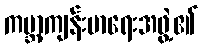
ကမ္ဘာ့ကျန်းမာရေးအဖွဲ့၏